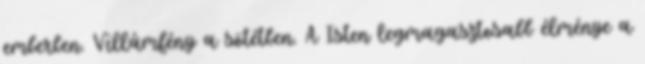
emberben. Villámfény a sötétben. A Isten legmagasztosabb élménye a